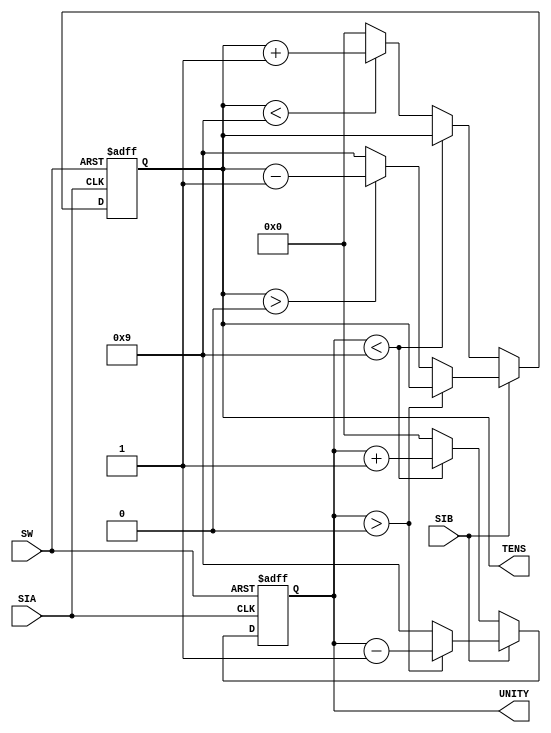
//Licznik Mod100
//IN CLK SIA SIB SW
//OUT UNITY TENS
module Counter(SIA,SIB,SW,UNITY,TENS);
input SIA;
input SIB;
input SW;
output [3:0]UNITY;
output [3:0]TENS;
reg [3:0]UNITY;
reg [3:0]TENS;

always@(posedge SIA, posedge SW)
begin
	if(SW)
	begin
		UNITY <= 4'd0;
		TENS <= 4'd0;
	end
	else
	begin
		if(SIB == 0)	//ruch w prawo
			if(UNITY<9)
				UNITY <= UNITY +4'd1;//Dodaj 1 do jednosci
			else
			begin
				if(TENS<9)
					TENS <= TENS +4'd1;//Dodaj 1 do dziesiatek
				else
					TENS = 4'd0;		//Wyzeruj dziesiaki
				UNITY = 4'd0;			//Wyzeruj jednosci
			end
		else				//ruch w lewo
			if(UNITY>0)
				UNITY <= UNITY - 4'd1;
			else
			begin
				if(TENS>0)
					TENS <= TENS - 4'd1;
				else
					TENS = 4'd9;
				UNITY = 4'd9;
			end
	end
	
end

endmodule